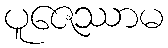
ပူဇေဿာမ